Indian journal of veterinary science and animal husbandry - Volumes 18-21, 1948-1951
Year: 1948
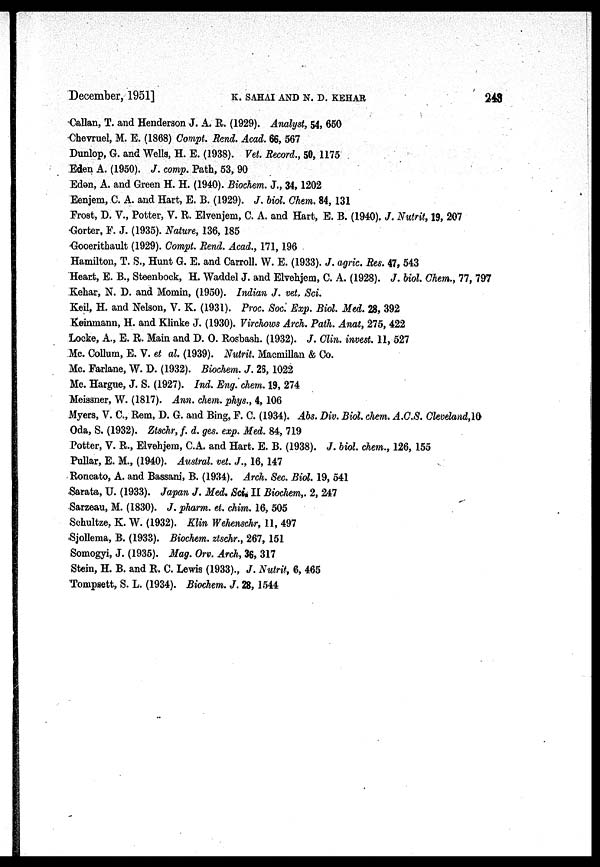
December, 1951]
K.
SAHAI
AND
N.
D.
KEHAR
243
Callan, T. and Henderson J. A. R. (1929). Analyst, 54, 650
Chevruel, M. E. (1868) Compt. Rend. Acad. 66, 567
Dunlop, G. and Wells, H. E. (1938). Vet. Record., 50, 1175
Eden A. (1950). J. comp. Path, 53, 90
Eden, A. and Green H. H. (1940). Biochem. J., 34, 1202
Eenjem, C. A. and Hart, E. B. (1929). J. biol. Chem. 84, 131
Frost, D. V., Potter, V. R. Elvenjem, C. A. and Hart, E. B. (1940). J. Nutrit, 19, 207
Gorter, F. J. (1935). Nature, 136, 185
Gooeritbault (1929). Compt. Rend. Acad., 171, 196
Hamilton, T. S., Hunt G. E. and Carroll. W. E. (1933). J. agric. Res. 47, 543
Heart, E. B., Steenbock, H. Waddel J. and Elvehjem, C. A. (1928). J. biol. Chem., 77, 797
Kehar, N. D. and Momin, (1950). Indian J. vet, Sci.
Keil, H. and Nelson, V. K. (1931). Proc. Soc. Exp. Biol. Med. 28, 392
Keinmann, H. and Klinke J. (1930). Virchows Arch. Path. Anat, 275, 422
Locke, A., E. R. Main and D. O. Rosbash. (1932). J. Clin. invest. 11, 527
Mc. Collum, E. V. et al. (1939). Nutrit. Macmillan & Co.
Mc. Farlane, W. D. (1932). Biochem. J. 26, 1022
Mc. Hargue, J. S. (1927). Ind. Eng. chem. 19, 274
Meissner, W. (1817). Ann. chem. phys., 4, 106
Myers, V. C., Rem, D. G. and Bing, F. C. (1934). Abs. Div. Biol. chem. A.C.S. Cleveland,10
Oda, S. (1932). Ztschr, f. d. ges. exp. Med. 84, 719
Potter, V. R., Elvehjem, C.A. and Hart. E. B. (1938). J. biol. chem., 126, 155
Pullar, E. M., (1940). Austral. vet. J., 16, 147
Roncato, A. and Bassani, B. (1934). Arch. Sec. Biol. 19, 541
Sarata, U. (1933). Japan J. Med. Sci. II Biochem,. 2, 247
Sarzeau, M. (1830). J. pharm. et. chim. 16, 505
Schultze, K. W. (1932). Klin Wehenschr, 11, 497
Sjollema, B. (1933). Biochem. ztschr., 267, 151
Somogyi, J. (1935). Mag. Orv. Arch, 36, 317
Stein, H. B. and R. C. Lewis (1933)., J. Nutrit, 6, 465
Tompsett, S. L. (1934). Biochem. J. 28, 1544